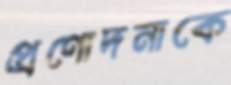
প্রণোদনাকে